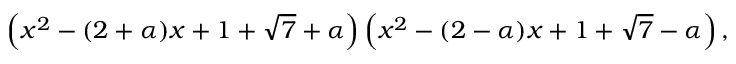
\left( x ^ { 2 } - ( 2 + \alpha ) x + 1 + { \sqrt { 7 } } + \alpha \right) \left( x ^ { 2 } - ( 2 - \alpha ) x + 1 + { \sqrt { 7 } } - \alpha \right) ,